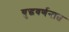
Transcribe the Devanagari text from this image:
युद्धवर्णनात